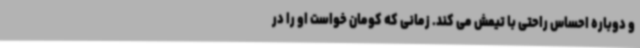
و دوباره احساس راحتی با تیمش می کند. زمانی که کومان خواست او را در